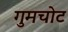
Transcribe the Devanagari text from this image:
गुमचोट